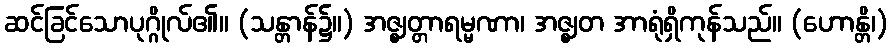
ဆင်ခြင်သောပုဂ္ဂိုလ်၏။ (သန္တာန်၌။) အဇ္ဈတ္တာရမ္မဏာ၊ အဇ္ဈတ အာရုံရှိကုန်သည်။ (ဟောန္တိ၊)